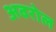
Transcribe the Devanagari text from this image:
अवरोल